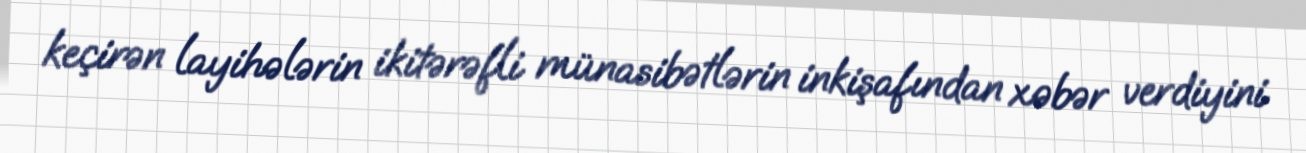
keçirən layihələrin ikitərəfli münasibətlərin inkişafından xəbər verdiyini